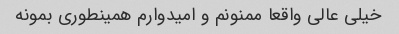
خیلی عالی واقعا ممنونم و امیدوارم همینطوری بمونه